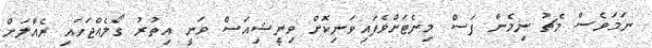
ނަމަވެސް މެޗު ނިމެން ފަސް މިނެޓަށްވެފައިވަނިކޮށް ވިނީޝިއަސް ވަނީ އިތުރު ގޯލެއްޖަހައި ރެއާލަށް